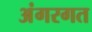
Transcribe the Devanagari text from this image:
अंगरगत